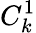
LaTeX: {C}_{k}^{1}